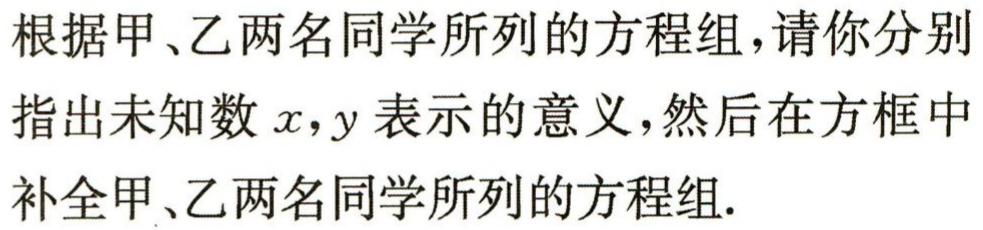
根据甲、乙两名同学所列的方程组，请你分别

指出未知数\(x,y\)表示的意义，然后在方框中

补全甲、乙两名同学所列的方程组.